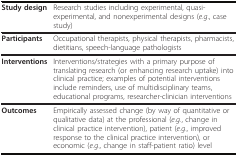
<table><thead><tr><td><b>Study design</b></td><td><b>Research studies including experimental, quasi-experimental, and nonexperimental designs (<i>e.g</i>., case study)</b></td></tr></thead><tbody><tr><td><b>Participants</b></td><td>Occupational therapists, physical therapists, pharmacists, dietitians, speech-language pathologists</td></tr><tr><td><b>Interventions</b></td><td>Interventions/strategies with a primary purpose of translating research (or enhancing research uptake) into clinical practice; examples of potential interventions include reminders, use of multidisciplinary teams, educational programs, researcher-clinician interventions</td></tr><tr><td><b>Outcomes</b></td><td>Empirically assessed change (by way of quantitative or qualitative data) at the professional (<i>e.g</i>., change in clinical practice intervention), patient (<i>e.g</i>., improved response to the clinical practice intervention), or economic (<i>e.g</i>., change in staff-patient ratio) level</td></tr></tbody></table>